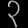
Digit: ၃